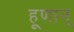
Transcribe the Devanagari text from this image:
हूणान्‌